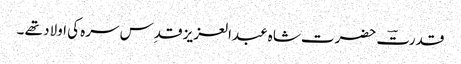
قدرتؔ حضرت شاہ عبدالعزیز قدِس سرہ کی اولاد تھے ۔